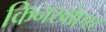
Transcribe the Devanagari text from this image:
किनखोएस्ट